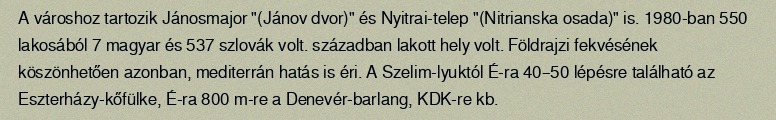
A városhoz tartozik Jánosmajor "(Jánov dvor)" és Nyitrai-telep "(Nitrianska osada)" is. 1980-ban 550 lakosából 7 magyar és 537 szlovák volt. században lakott hely volt. Földrajzi fekvésének köszönhetően azonban, mediterrán hatás is éri. A Szelim-lyuktól É-ra 40–50 lépésre található az Eszterházy-kőfülke, É-ra 800 m-re a Denevér-barlang, KDK-re kb.